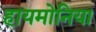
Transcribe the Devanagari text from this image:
हायमोनिया